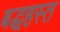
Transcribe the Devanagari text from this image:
बद्धहस्त